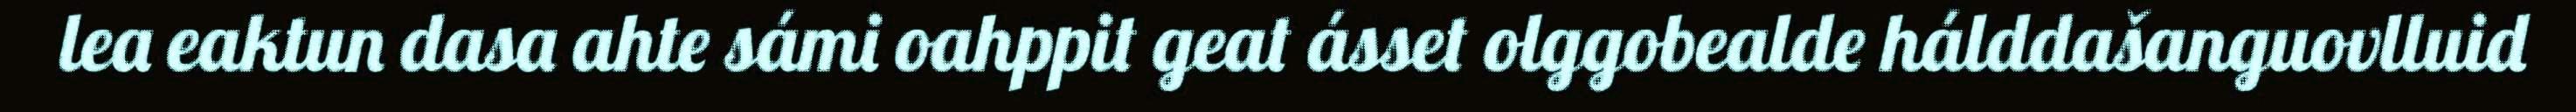
lea eaktun dasa ahte sámi oahppit geat ásset olggobealde hálddašanguovlluid